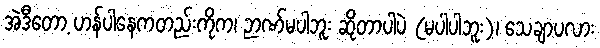
အဲဒီတော့ ဟန်ပါနေကတည်းကိုက၊ ဉာဏ်မပါဘူး ဆိုတာပါပဲ (မပါပါဘူး)၊ သေချာပလား